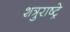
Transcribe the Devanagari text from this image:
शत्रुराष्ट्रे